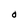
Character: O